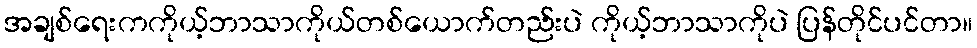
အချစ်ရေးကကိုယ့်ဘာသာကိုယ်တစ်ယောက်တည်းပဲ ကိုယ့်ဘာသာကိုပဲ ပြန်တိုင်ပင်တာ။